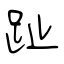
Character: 趾